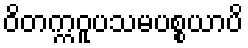
ဝိတက္ကဝူပသမပစ္စယာပိ